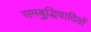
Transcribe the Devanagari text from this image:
समबुद्धिवादियों